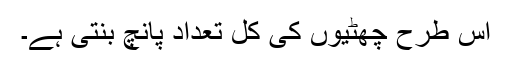
اس طرح چھُٹیوں کی کُل تعداد پانچ بنتی ہے۔